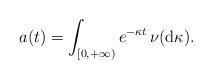
LaTeX: \begin{align*} a(t) = \int_{[0,+ \infty)} e^{-\kappa t}\, \nu({\rm d}\kappa).\end{align*}